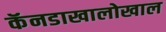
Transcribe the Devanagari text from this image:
कॅनडाखालोखाल